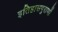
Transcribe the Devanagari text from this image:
इतिहासपुराणों